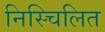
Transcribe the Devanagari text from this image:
निस्चिलित